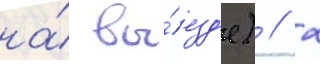
на́ вы́езд'е) // 2